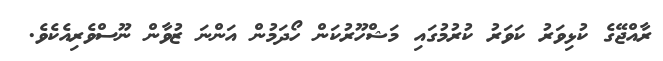
ރާއްޖޭގެ ކުޅިވަރު ކަވަރު ކުރުމުގައި މަޝްހޫރުކަން ހޯދަމުން އަންނަ ޒުވާން ނޫސްވެރިއެކެވެ.